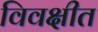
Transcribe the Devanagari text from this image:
विवक्षीत